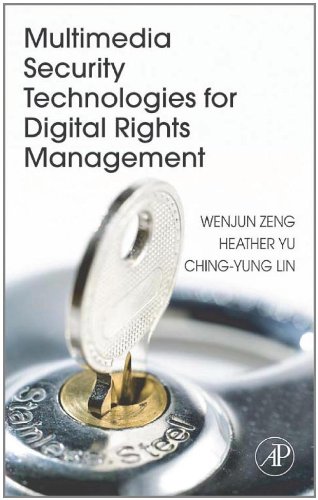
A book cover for Multimedia Security Technologies for Digital Rights Management; Computers & Technology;